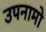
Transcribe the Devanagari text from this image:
उपनामो